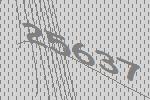
25637